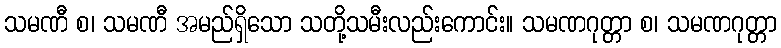
သမဏီ စ၊ သမဏီ အမည်ရှိသော သတို့သမီးလည်းကောင်း။ သမဏဂုတ္တာ စ၊ သမဏဂုတ္တာ